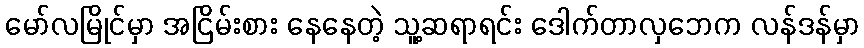
မော်လမြိုင်မှာ အငြိမ်းစား နေနေတဲ့ သူ့ဆရာရင်း ဒေါက်တာလှဘေက လန်ဒန်မှာ